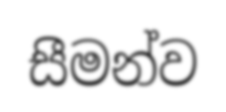
සීමන්ව